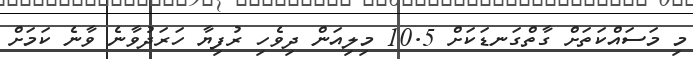
މި މަސައްކަތަށް ގާތްގަނޑަކަށް 10.5 މިލިއަން ދިވެހި ރުފިޔާ ހަރަދުވާނެ ވާނެ ކަމަށް